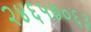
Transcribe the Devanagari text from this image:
२४६५७०६३